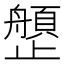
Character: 𰙺